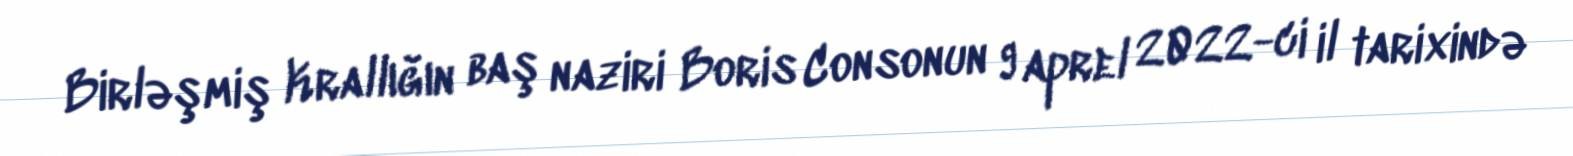
Birləşmiş Krallığın baş naziri Boris Consonun 9 aprel 2022-ci il tarixində